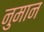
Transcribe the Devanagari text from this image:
नुमान